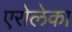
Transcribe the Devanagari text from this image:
एरोलेका